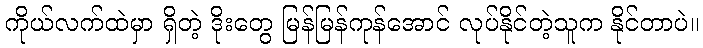
ကိုယ်လက်ထဲမှာ ရှိတဲ့ ဒိုးတွေ မြန်မြန်ကုန်အောင် လုပ်နိုင်တဲ့သူက နိုင်တာပဲ။